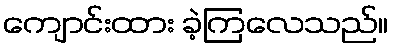
ကျောင်းထား ခဲ့ကြလေသည်။